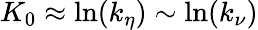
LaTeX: K_{0}\approx\ln(k_{\eta})\sim\ln(k_{\nu})